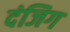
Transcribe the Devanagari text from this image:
दंजिग